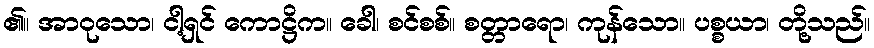
၏။ အာဝုသော၊ ငါ့ရှင် ကောဋ္ဌိက။ ခေါ၊ စင်စစ်။ စတ္တာရော၊ ကုန်သော။ ပစ္စယာ၊ တို့သည်။